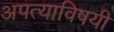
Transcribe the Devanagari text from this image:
अपत्याविषयी